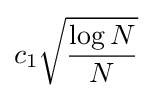
c_{1}{\sqrt {\frac {\log N}{N}}}